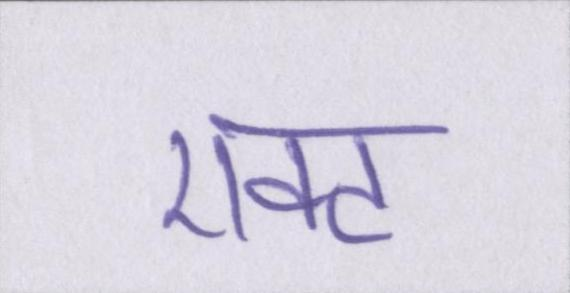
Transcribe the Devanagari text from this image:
एक्ट